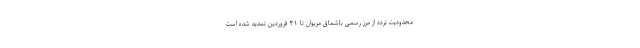
محدودیت تردد از مرز رسمی باشماق مریوان تا ۳۱ فروردین تمدید شده است